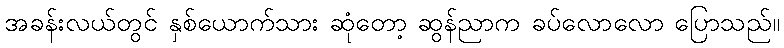
အခန်းလယ်တွင် နှစ်ယောက်သား ဆုံတော့ ဆွန်ညာက ခပ်လောလော ပြောသည်။